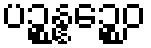
ပဉ္စန္နဉ္စေဝ